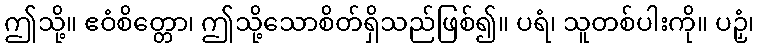
ဤသို့။ ဧဝံစိတ္တော၊ ဤသို့သောစိတ်ရှိသည်ဖြစ်၍။ ပရံ၊ သူတစ်ပါးကို။ ပဉှံ၊